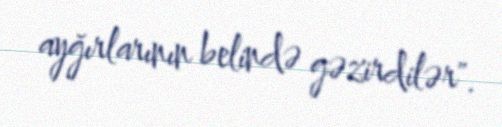
ayğırlarının belində gəzirdilər".